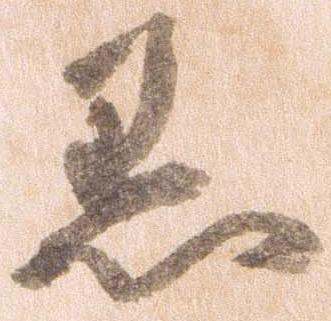
黒